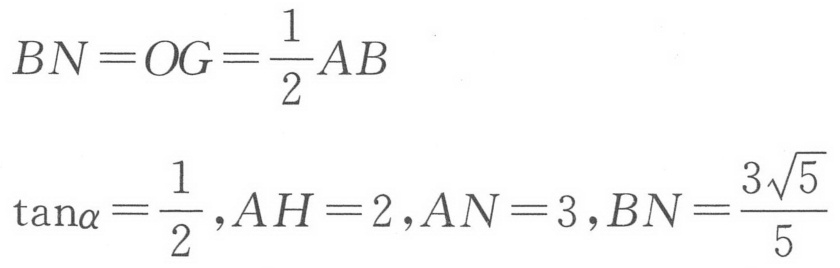
\(BN = OG=\frac{1}{2}AB\)
\(\tan\alpha=\frac{1}{2},AH = 2,AN = 3,BN=\frac{3\sqrt{5}}{5}\)